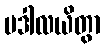
ပဒါလယိတွာ